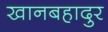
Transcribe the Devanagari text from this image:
खानबहादुर